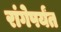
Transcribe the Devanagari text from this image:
रांगेपर्यंत